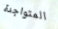
المتواجدة